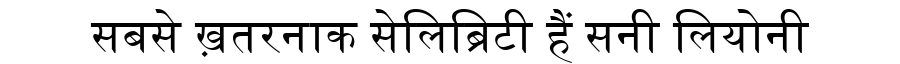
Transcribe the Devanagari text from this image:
सबसे ख़तरनाक सेलिब्रिटी हैं सनी लियोनी